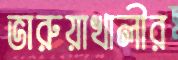
ভারুয়াখালীর